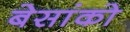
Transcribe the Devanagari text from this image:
बेसांको